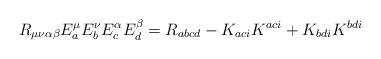
LaTeX: \begin{align*}R_{\mu\nu\alpha\beta}E^{\mu}_{a}E^{\nu}_{b}E^{\alpha}_{c}E^{\beta}_{d}= R_{abcd} - K_{aci}K^{aci} + K_{bdi}K^{bdi}\end{align*}